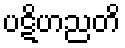
ပဋိဟညတိ